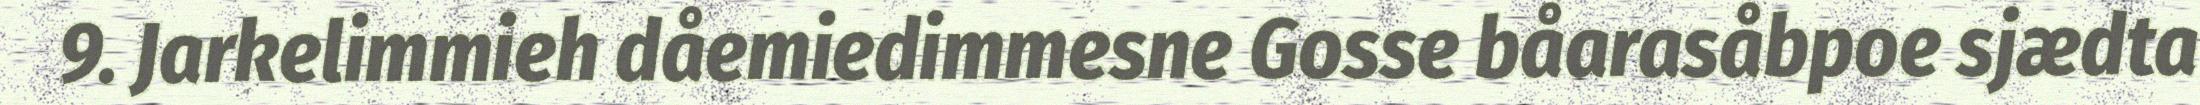
9. Jarkelimmieh dåemiedimmesne Gosse båarasåbpoe sjædta